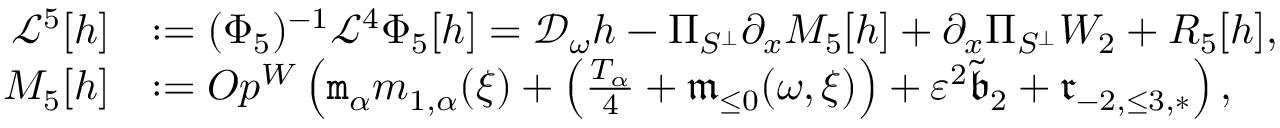
\begin{array} { r l } { \mathcal { L } ^ { 5 } [ h ] } & { : = ( \Phi _ { 5 } ) ^ { - 1 } \mathcal { L } ^ { 4 } \Phi _ { 5 } [ h ] = \mathcal { D } _ { \omega } h - \Pi _ { S ^ { \perp } } \partial _ { x } M _ { 5 } [ h ] + \partial _ { x } \Pi _ { S ^ { \perp } } W _ { 2 } + R _ { 5 } [ h ] , } \\ { M _ { 5 } [ h ] } & { : = O p ^ { W } \left( \mathtt { m } _ { \alpha } m _ { 1 , \alpha } ( \xi ) + \left( \frac { T _ { \alpha } } 4 + \mathfrak { m } _ { \le 0 } ( \omega , \xi ) \right) + \varepsilon ^ { 2 } \tilde { \mathfrak { b } } _ { 2 } + { \mathfrak { r } } _ { - 2 , \le 3 , * } \right) , } \end{array}